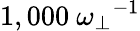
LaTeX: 1,000~{\omega_{\perp}}^{-1}